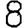
Digit: 8